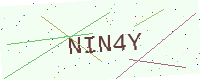
Text: NIN4Y